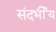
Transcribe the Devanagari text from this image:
संदर्भीय